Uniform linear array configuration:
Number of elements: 12
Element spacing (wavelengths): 0.75
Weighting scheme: hann
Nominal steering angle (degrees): -30
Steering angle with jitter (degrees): -30.031
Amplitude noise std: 0.05
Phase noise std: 0.05

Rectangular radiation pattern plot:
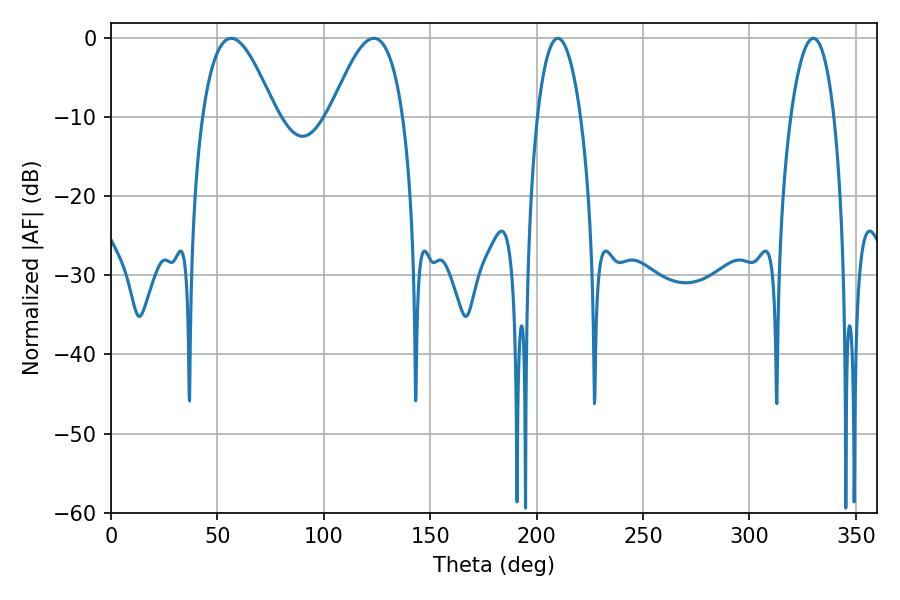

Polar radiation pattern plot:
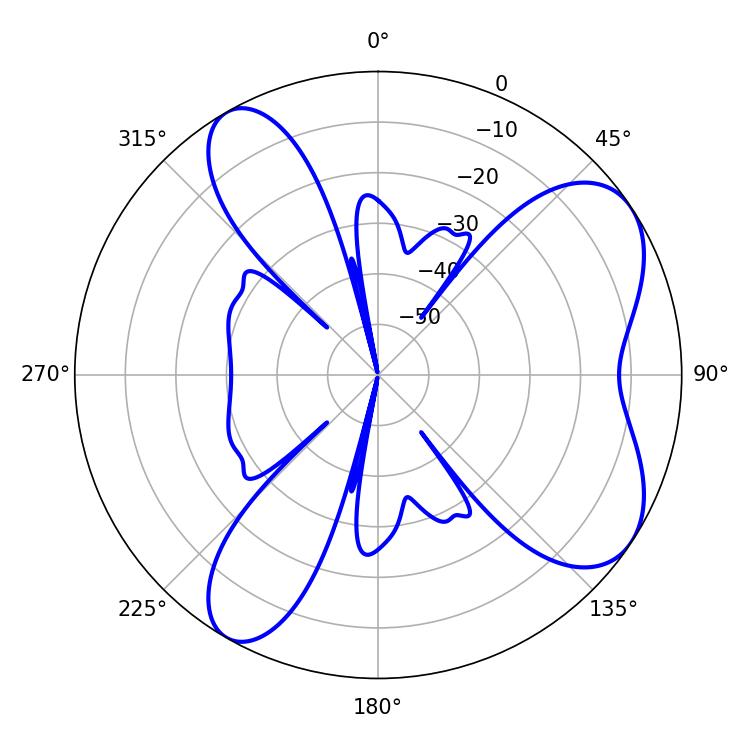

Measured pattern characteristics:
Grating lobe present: TRUE
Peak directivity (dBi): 6.945
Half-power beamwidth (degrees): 18.54
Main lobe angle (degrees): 56.52